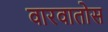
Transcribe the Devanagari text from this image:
वारवातोस